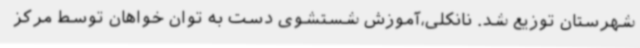
شهرستان توزیع شد. نانکلی،آموزش شستشوی دست به توان خواهان توسط مرکز